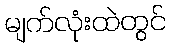
မျက်လုံးထဲတွင်